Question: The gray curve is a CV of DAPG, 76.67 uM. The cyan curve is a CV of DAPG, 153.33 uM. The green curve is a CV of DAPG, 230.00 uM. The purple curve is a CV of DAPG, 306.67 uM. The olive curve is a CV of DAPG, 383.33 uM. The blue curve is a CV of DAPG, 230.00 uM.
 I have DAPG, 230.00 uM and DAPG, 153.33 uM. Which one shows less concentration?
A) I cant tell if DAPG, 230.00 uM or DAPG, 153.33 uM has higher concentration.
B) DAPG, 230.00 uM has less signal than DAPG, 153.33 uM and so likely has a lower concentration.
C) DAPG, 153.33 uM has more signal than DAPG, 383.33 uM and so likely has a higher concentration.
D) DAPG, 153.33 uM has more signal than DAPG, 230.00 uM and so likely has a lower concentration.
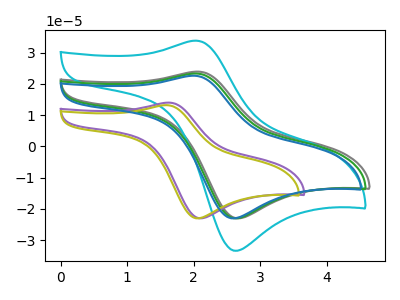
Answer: <think>The gray curve "DAPG, 76.67 uM" has an anodic peak at (2.05V, 23.95uA) and a cathodic peak at (2.70V, -23.00uA). The cyan curve "DAPG, 153.33 uM" has an anodic peak at (2.00V, 33.85uA) and a cathodic peak at (2.65V, -33.40uA). The green curve "DAPG, 230.00 uM" has an anodic peak at (2.00V, 23.35uA) and a cathodic peak at (2.65V, -23.00uA). The purple curve "DAPG, 306.67 uM" has an anodic peak at (1.60V, 14.00uA) and a cathodic peak at (2.10V, -23.00uA). The olive curve "DAPG, 383.33 uM" has an anodic peak at (1.60V, 13.20uA) and a cathodic peak at (2.10V, -23.00uA). The blue curve "DAPG, 230.00 uM" has an anodic peak at (2.00V, 22.65uA) and a cathodic peak at (2.60V, -23.00uA).
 All the peaks in "DAPG, 230.00 uM" have a peak in "DAPG, 153.33 uM" at the same potential. Every peak in "DAPG, 230.00 uM" is lower than every peak in "DAPG, 153.33 uM".</think>
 <answer>B) "DAPG, 230.00 uM" has less signal than "DAPG, 153.33 uM" and so likely has a lower concentration.</answer>
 <eval>B</eval>